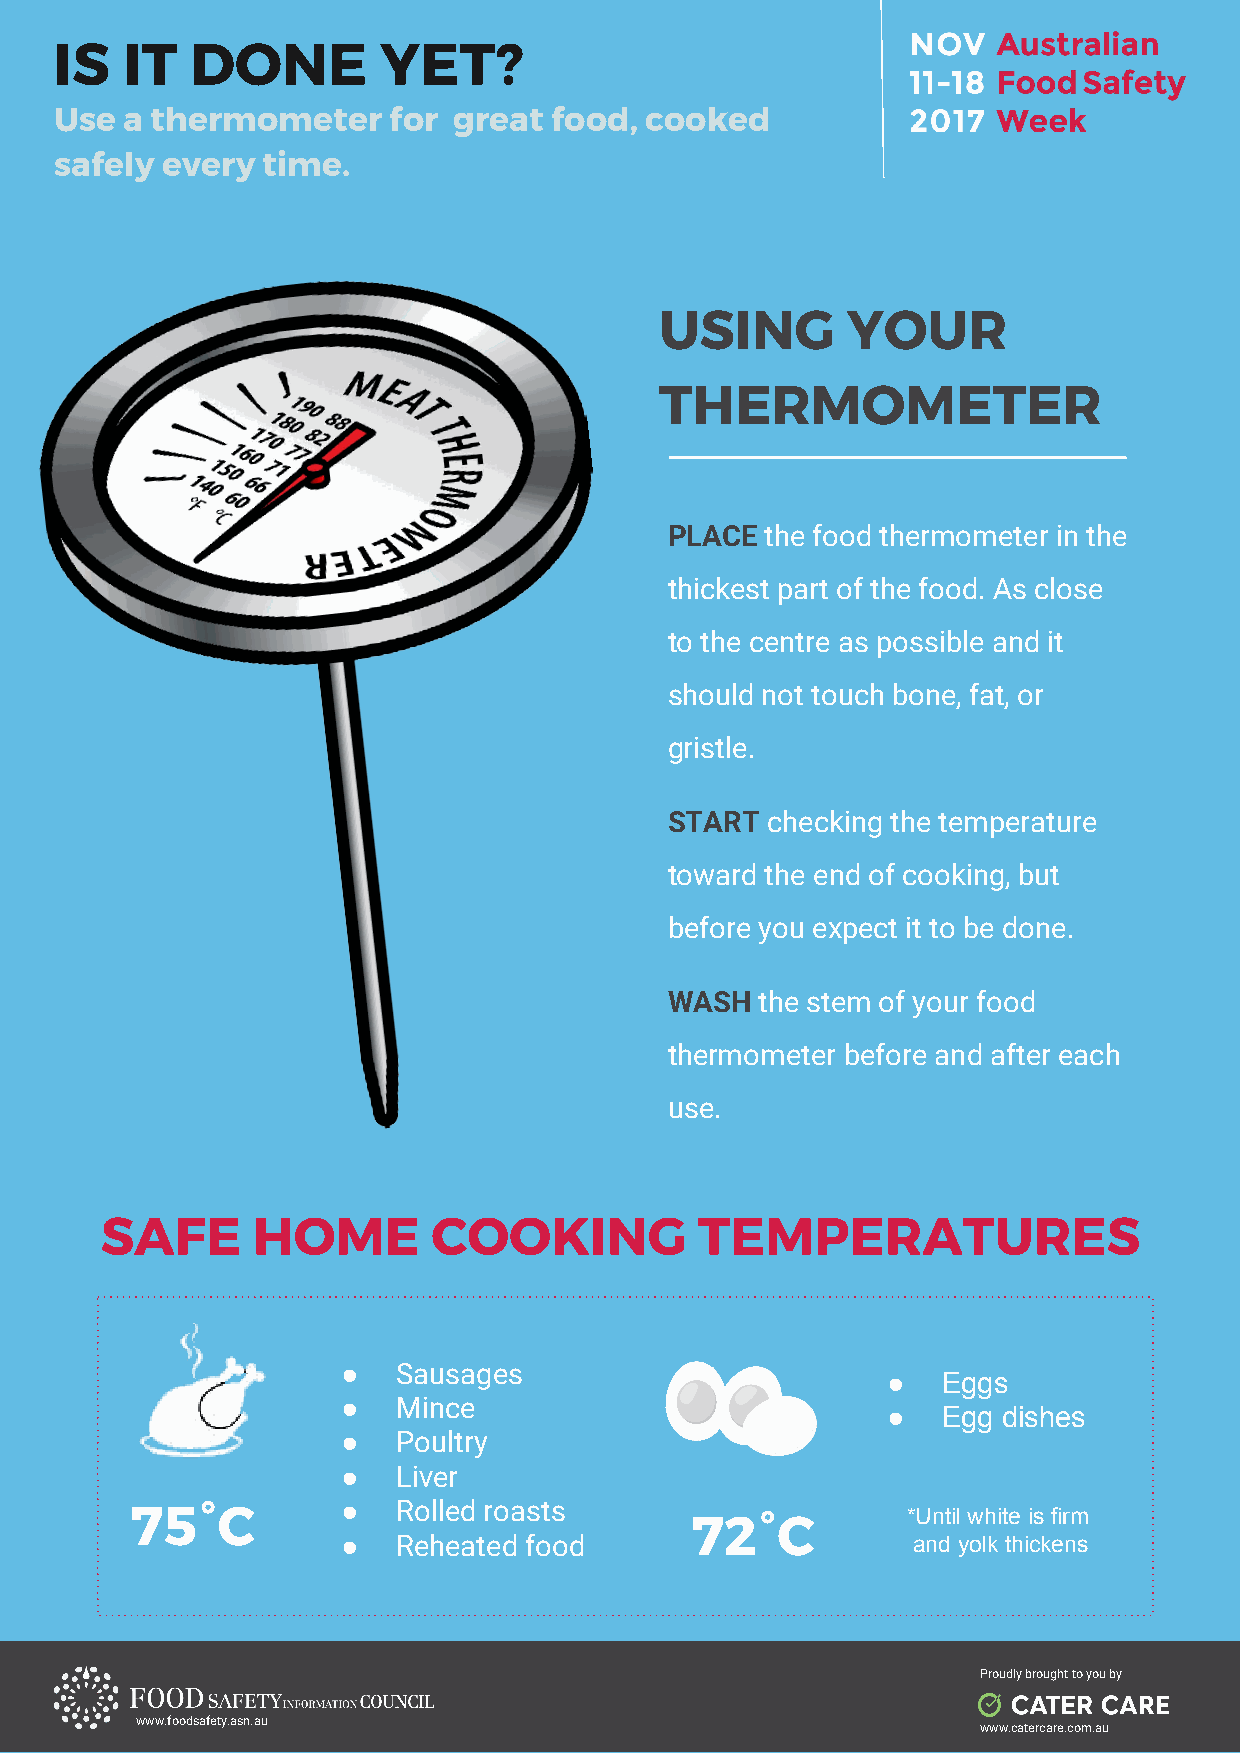
IS  IT   DONE        YET?
 Use a thermometer     for great food,  cooked
 safely every time.
 USING       YOUR
 THERMOMETER
 PLACE  the food thermometer in the
 www.foodsafety.asn.au
 thickest part of the food. As close
 to the centre as possible and it
 should not touch bone, fat, or
 gristle.
 START  checking the temperature
 toward the end of cooking, but
 before you expect it to be done.
 WASH  the stem of your food
 thermometer before and after each
 use.
 SAFE      HOME        COOKING          TEMPERATURES
 ●  Sausages
 ●  Eggs
 ●  Mince
 ●  Egg dishes
 ●  Poultry
 ●  Liver
 75°C          ●  Rolled roasts                     *Until white is firm
 72°C
 ●  Reheated food                     and yolk thickens
 Proudly brought to you by
 www.foodsafety.asn.au
 www.catercare.com.au